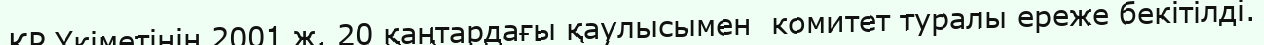
ҚР Үкіметінің 2001 ж. 20 қаңтардағы қаулысымен  комитет туралы ереже бекітілді.